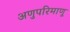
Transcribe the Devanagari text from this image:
अणुपरिमाणू